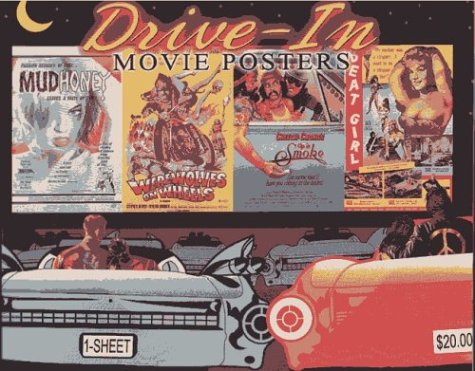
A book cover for Drive-In Movie Posters (Illustrated History of Movies Through Posters); Crafts, Hobbies & Home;